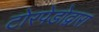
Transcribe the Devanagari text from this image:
टोरपेडोद्वारा